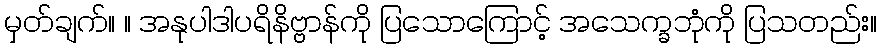
မှတ်ချက်။ ။ အနုပါဒါပရိနိဗ္ဗာန်ကို ပြသောကြောင့် အသေက္ခဘုံကို ပြသတည်း။